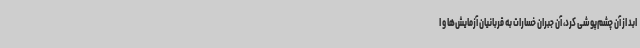
ابد از آن چشم‌پوشی کرد، آن جبران خسارات به قربانیان آزمایش‌ها و ا